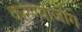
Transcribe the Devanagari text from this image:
करण्याजोग